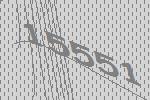
15551